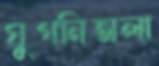
ঘুগনিঅলা